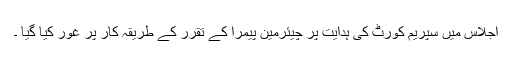
اجلاس میں سپریم کورٹ کی ہدایت پر چیئرمین پیمرا کے تقرر کے طریقہ کار پر غور کیا گیا ۔